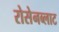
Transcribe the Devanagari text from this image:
रोसेनब्लाट